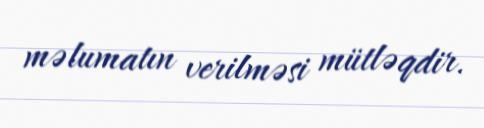
məlumatın verilməsi mütləqdir.